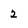
Character: 2